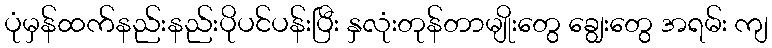
ပုံမှန်ထက်နည်းနည်းပိုပင်ပန်းပြီး နှလုံးတုန်တာမျိုးတွေ ချွေးတွေ အရမ်း ကျ